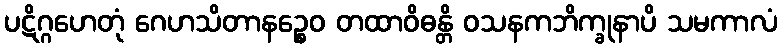
ပဋိဂ္ဂဟေတုံ ဂေဟသိတာနဉ္စေဝ တထာဝိဓန္တိ ဝသနကဘိက္ခုနာပိ သမကာလံ